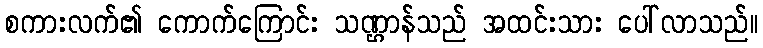
စကားလက်၏ ကောက်ကြောင်း သဏ္ဌာန်သည် အထင်းသား ပေါ်လာသည်။